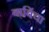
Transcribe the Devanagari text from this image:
बाबिंचा